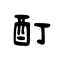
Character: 酊